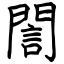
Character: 誾